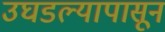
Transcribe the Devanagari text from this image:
उघडल्यापासून